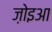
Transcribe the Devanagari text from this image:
ज़ोइआ